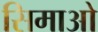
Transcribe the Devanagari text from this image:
सिमाओ